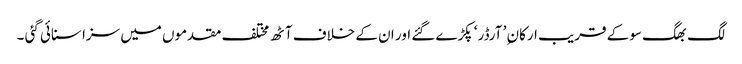
لگ بھگ سو کے قریب ارکان ِ’ آرڈر ‘ پکڑے گئے اور ان کے خلاف آٹھ مختلف مقدموں میں سزا سنائی گئی ۔